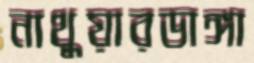
নাথুয়ারডাঙ্গা